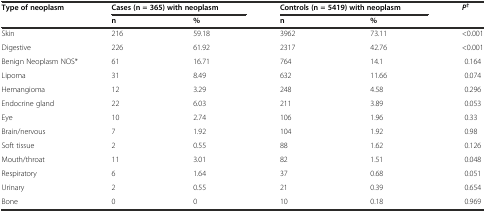
<table><thead><tr><td rowspan="2"><b>Type of neoplasm</b></td><td colspan="2"><b>Cases (n = 365) with neoplasm</b></td><td colspan="2"><b>Controls (n = 5419) with neoplasm</b></td><td><b><i>P</i><sup>†</sup></b></td></tr><tr><td><b>n</b></td><td><b>%</b></td><td><b>n</b></td><td><b>%</b></td><td></td></tr></thead><tbody><tr><td>Skin</td><td>216</td><td>59.18</td><td>3962</td><td>73.11</td><td>&lt;0.001</td></tr><tr><td>Digestive</td><td>226</td><td>61.92</td><td>2317</td><td>42.76</td><td>&lt;0.001</td></tr><tr><td>Benign Neoplasm NOS*</td><td>61</td><td>16.71</td><td>764</td><td>14.1</td><td>0.164</td></tr><tr><td>Lipoma</td><td>31</td><td>8.49</td><td>632</td><td>11.66</td><td>0.074</td></tr><tr><td>Hemangioma</td><td>12</td><td>3.29</td><td>248</td><td>4.58</td><td>0.296</td></tr><tr><td>Endocrine gland</td><td>22</td><td>6.03</td><td>211</td><td>3.89</td><td>0.053</td></tr><tr><td>Eye</td><td>10</td><td>2.74</td><td>106</td><td>1.96</td><td>0.33</td></tr><tr><td>Brain/nervous</td><td>7</td><td>1.92</td><td>104</td><td>1.92</td><td>0.98</td></tr><tr><td>Soft tissue</td><td>2</td><td>0.55</td><td>88</td><td>1.62</td><td>0.126</td></tr><tr><td>Mouth/throat</td><td>11</td><td>3.01</td><td>82</td><td>1.51</td><td>0.048</td></tr><tr><td>Respiratory</td><td>6</td><td>1.64</td><td>37</td><td>0.68</td><td>0.051</td></tr><tr><td>Urinary</td><td>2</td><td>0.55</td><td>21</td><td>0.39</td><td>0.654</td></tr><tr><td>Bone</td><td>0</td><td>0</td><td>10</td><td>0.18</td><td>0.969</td></tr></tbody></table>